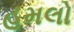
હૂમલો